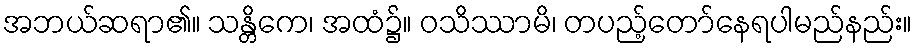
အဘယ်ဆရာ၏။ သန္တိကေ၊ အထံ၌။ ဝသိဿာမိ၊ တပည့်တော်နေရပါမည်နည်း။